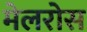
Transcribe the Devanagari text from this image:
मेलरोस